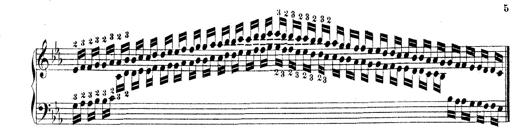
Title: Technische Studien
Composer: Franz Liszt